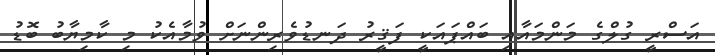
އަސްރީ ގުލްގެ މަންމައާއި ބައްޕައަކީ ފަޤީރު ދަނޑުވެރިންނަށް ވުމާއެކު މި ކާމިޔާބު ބޮޑު